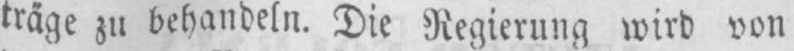
träge zu behandeln. Die Regierung wird von